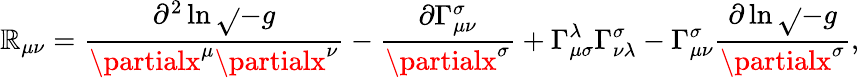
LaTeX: \mathbb{R}_{\mu\nu}=\frac{{\partial^{2}\ln\sqrt{}{{-g}}}}{{\partialx^{\mu}\partialx^{\nu}}}-\frac{{\partial\Gamma_{\mu\nu}^{\sigma}}}{{\partialx^{\sigma}}}+\Gamma_{\mu\sigma}^{\lambda}\Gamma_{\nu\lambda}^{\sigma}-\Gamma_{\mu\nu}^{\sigma}\frac{{\partial\ln\sqrt{}{{-g}}}}{{\partialx^{\sigma}}},